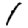
Digit: 1